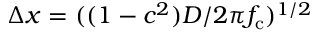
\Delta x = ( ( 1 - c ^ { 2 } ) D / 2 \pi f _ { \mathrm { c } } ) ^ { 1 / 2 }